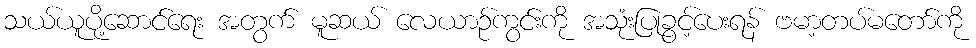
သယ်ယူပို့ဆောင်ရေး အတွက် မူဆယ် လေယာဉ်ကွင်းကို အသုံးပြုခွင့်ပေးရန် ဗမာ့တပ်မတော်ကို